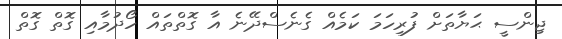
ޖިންސީ ޙަޔާތަށް ފުރިހަމަ ކަމެއް ގެނެސްދޭނެ އާ ގޮތްތައް ހޯދުމާއި ގޮތް ގޮތް